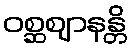
ဝစ္ဆဈာနန္တိ